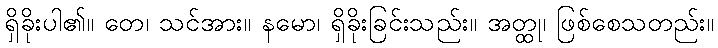
ရှိခိုးပါ၏။ တေ၊ သင်အား။ နမော၊ ရှိခိုးခြင်းသည်း။ အတ္ထု၊ ဖြစ်စေသတည်း။